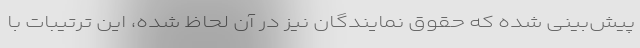
پیش‌بینی شده که حقوق نمایندگان نیز در آن لحاظ شده، این ترتیبات با